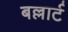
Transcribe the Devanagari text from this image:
बल्लार्ट